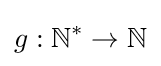
g:\mathbb {N} ^{*}\to \mathbb {N}